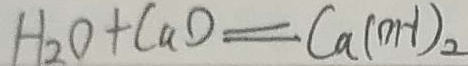
H _ { 2 } O + C a D = C a ( m - 1 ) _ { 2 }